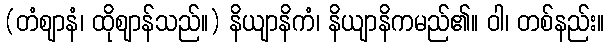
(တံဈာနံ၊ ထိုဈာန်သည်။) နိယျာနိကံ၊ နိယျာနိကမည်၏။ ဝါ၊ တစ်နည်း။